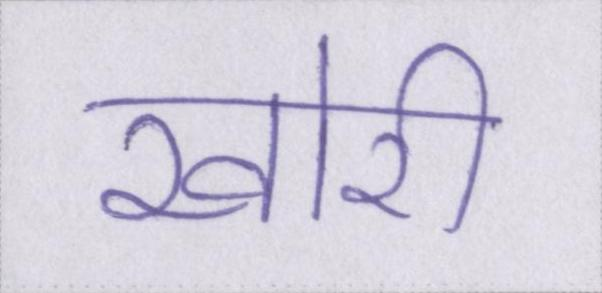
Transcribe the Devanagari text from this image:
खोरी